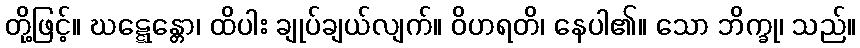
တို့ဖြင့်။ ဃဋ္ဋေန္တော၊ ထိပါး ချုပ်ချယ်လျက်။ ဝိဟရတိ၊ နေပါ၏။ သော ဘိက္ခု၊ သည်။